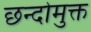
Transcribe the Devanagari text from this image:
छन्दोमुक्त